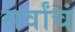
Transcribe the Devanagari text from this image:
सर्वांचं